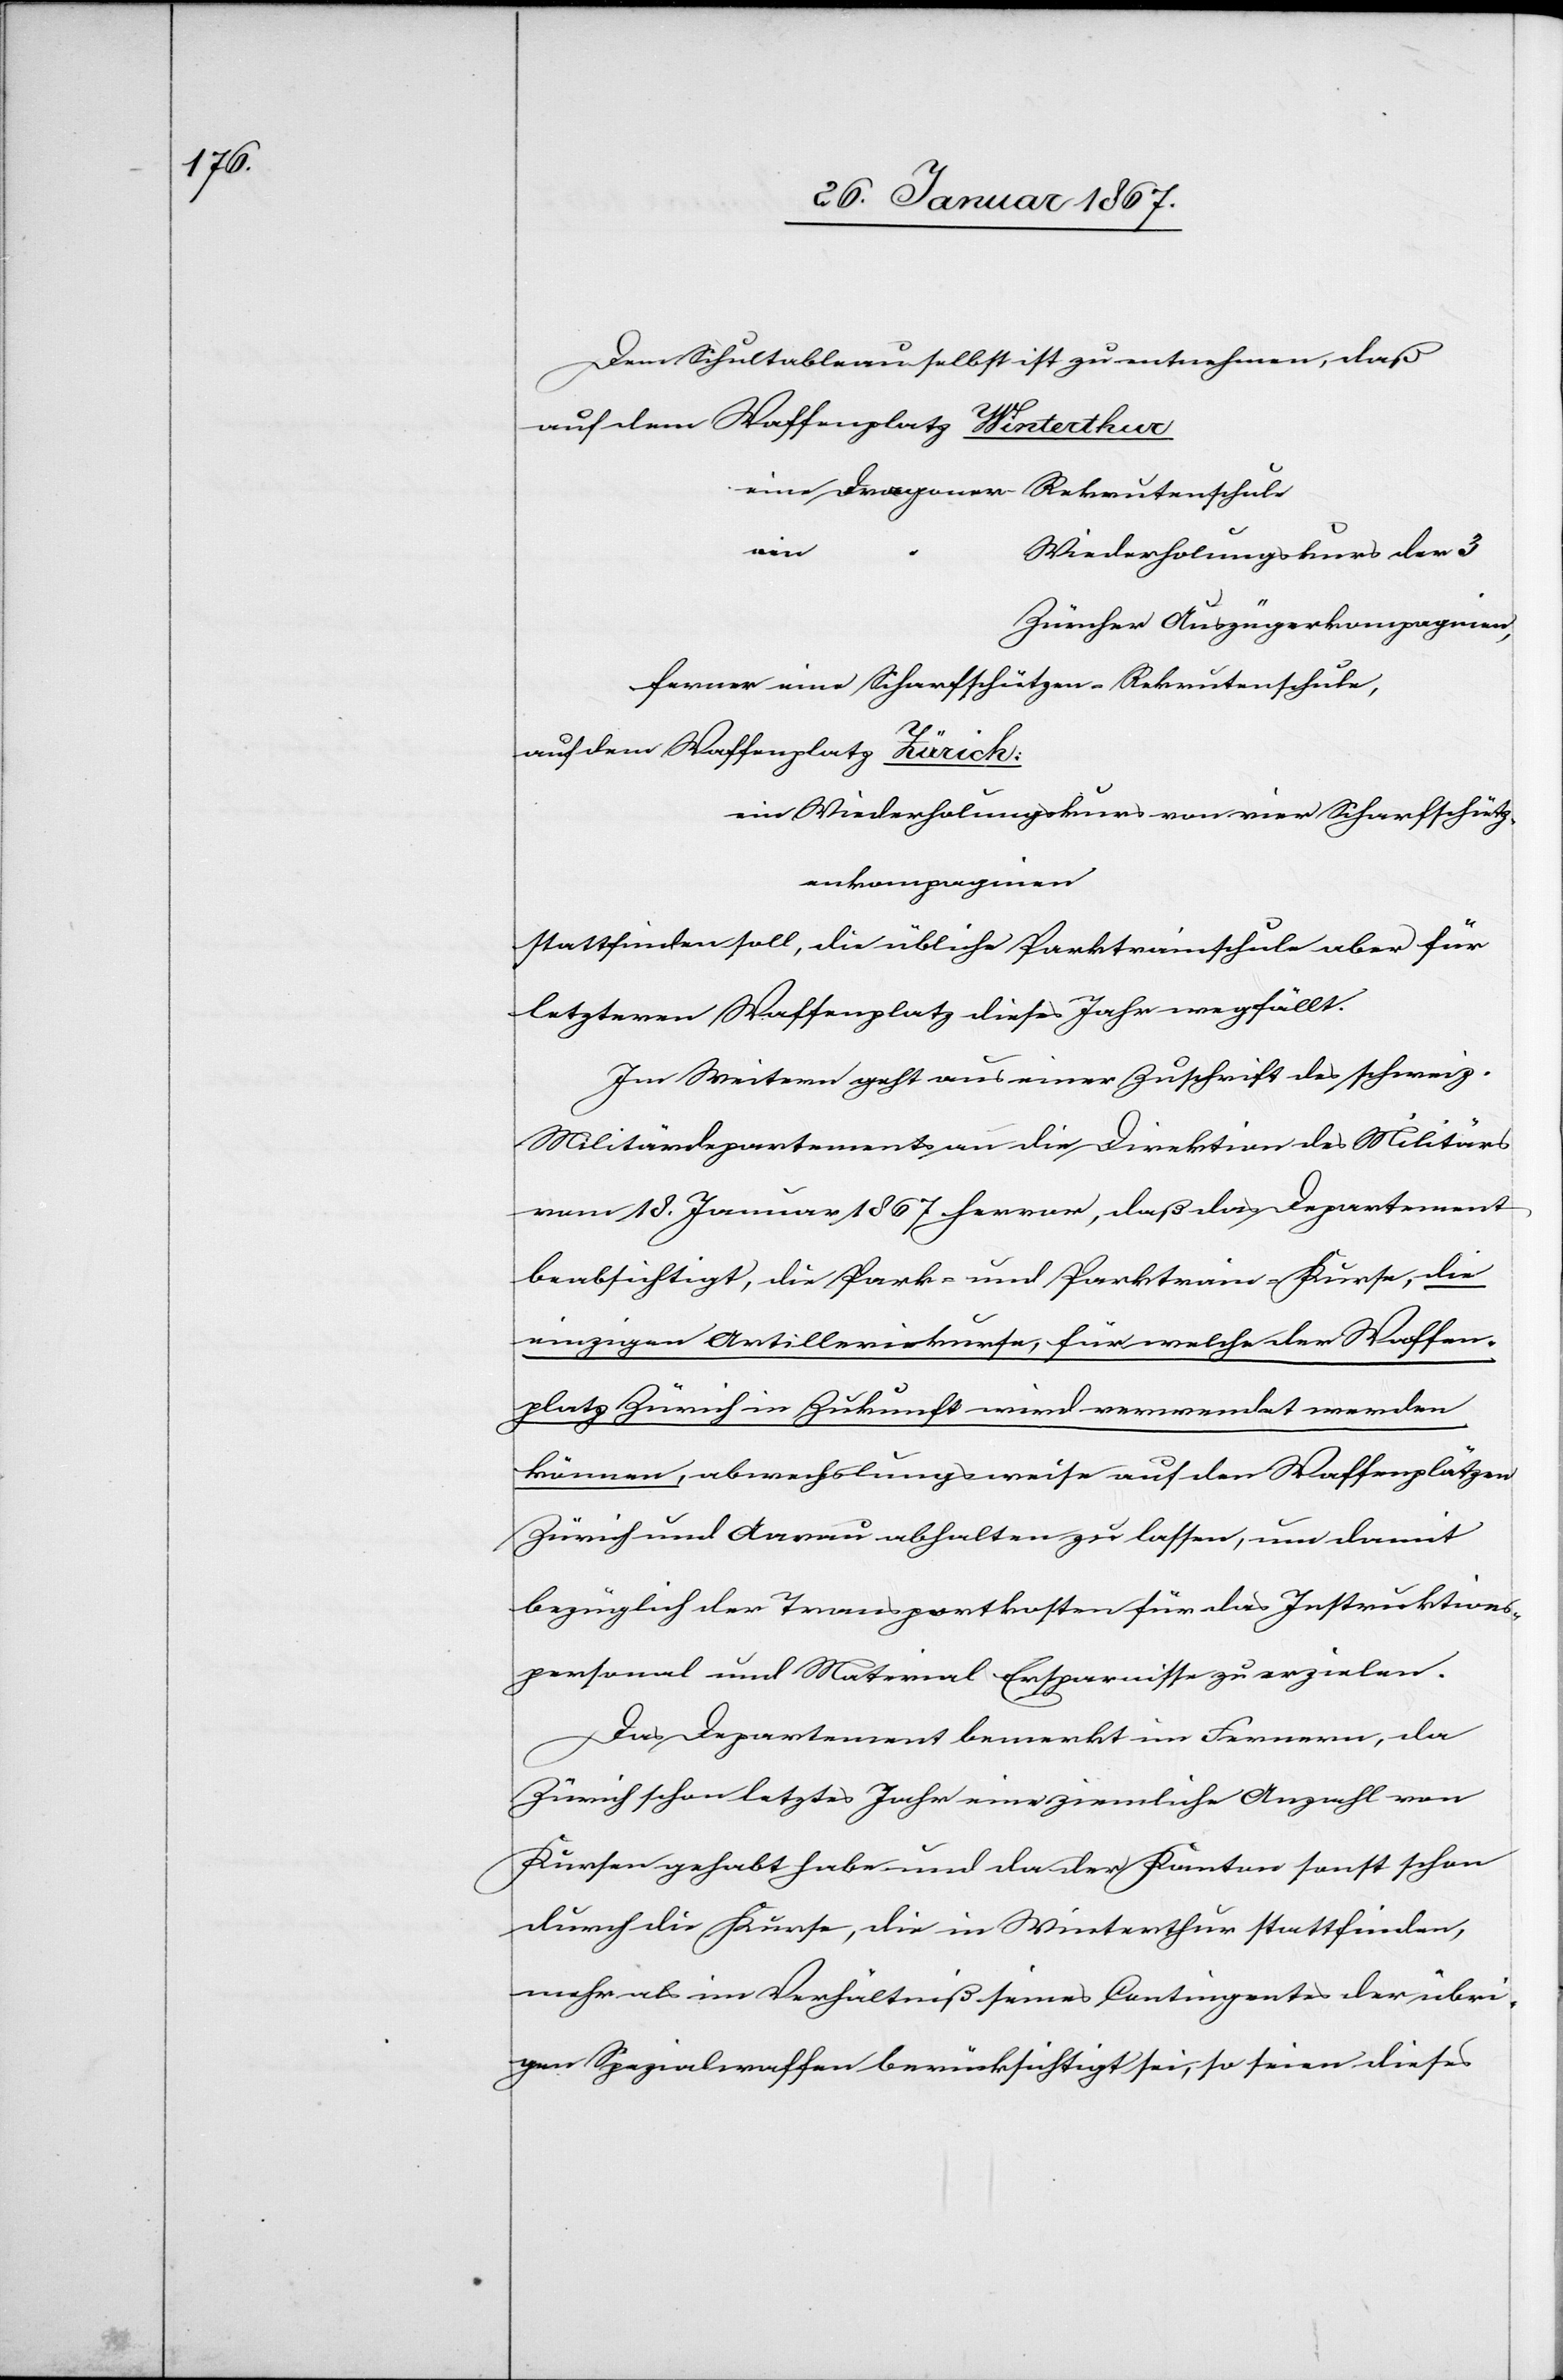
Dem Schultableau selbst ist zu entnehmen, daß
auf dem Waffenplatz Winterthur
eine Dragner-	Rekrutenschule
ein
“	Wiederholungskurs der 3
Zürcher Auszügerkompagnien,
ferner eine Scharfschützen-Rekrutenschule,
auf dem Waffenplatz Zürich:
ein Wiederholungskurs von vier Scharfschütz¬
enkompagnien
stattfinden soll, die übliche Parktrainschule aber für
letzteren Waffenplatz dieses Jahr wegfällt.
Im Weitern geht aus einer Zuschrift des schweiz.
Militärdepartements an die Direktion des Militärs
vom 18. Januar 1867 hervor, daß das Departement
beabsichtigt, die Park- und Parktrain-Kurse, die
einzigen Artilleriekurse, für welche der Waffen¬
platz Zürich in Zukunft wird verwendet werden
können, abwechslungsweise auf den Waffenplätzen
Zürich und Aarau abhalten zu lassen, um damit
bezüglich der Transportkosten für das Instruktions¬
personal und Material Ersparnisse zu erzielen.
Das Departement bemerkt im Ferneren, da
Zürich schon letztes Jahr eine ziemliche Anzahl von
Kursen gehabt habe und da der Kanton sonst schon
durch die Kurse, die in Winterthur stattfinden,
mehr als im Verhältniß seines Contingentes der übri¬
gen Spezialwaffen berücksichtigt sei, so seien dieses